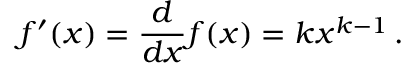
f ^ { \prime } ( x ) = { \frac { d } { d x } } f ( x ) = k x ^ { k - 1 } \, .